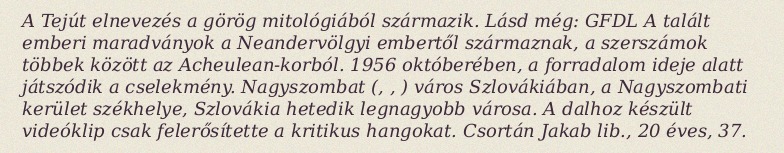
A Tejút elnevezés a görög mitológiából származik. Lásd még: GFDL A talált emberi maradványok a Neandervölgyi embertől származnak, a szerszámok többek között az Acheulean-korból. 1956 októberében, a forradalom ideje alatt játszódik a cselekmény. Nagyszombat (, , ) város Szlovákiában, a Nagyszombati kerület székhelye, Szlovákia hetedik legnagyobb városa. A dalhoz készült videóklip csak felerősítette a kritikus hangokat. Csortán Jakab lib., 20 éves, 37.